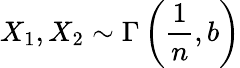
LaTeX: X_{1},X_{2}\sim\Gamma\left({\frac{1}{n}},b\right)